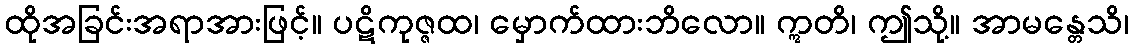
ထိုအခြင်းအရာအားဖြင့်။ ပဋိကုဇ္ဇထ၊ မှောက်ထားဘိလော။ ဣတိ၊ ဤသို့။ အာမန္တေသိ၊